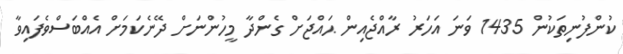
ކުންފުނިތަކުން 1435 ވަނަ އަހަރު ރާއްޖެއިން ޙައްޖަށް ގެންދާ މީހުންނަށް ދޭނެކަމަށް އެއްބަސްވެފައިވާ